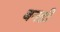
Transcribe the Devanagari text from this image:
बनडी